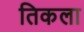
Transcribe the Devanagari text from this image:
तिकला